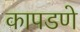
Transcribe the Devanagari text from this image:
कापडणे